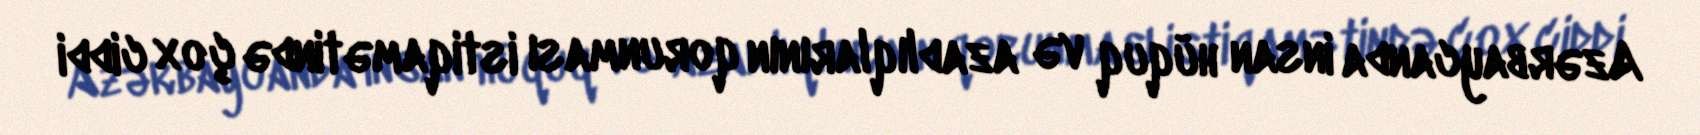
Azərbaycanda insan hüquq və azadlıqlarının qorunması istiqamətində çox ciddi